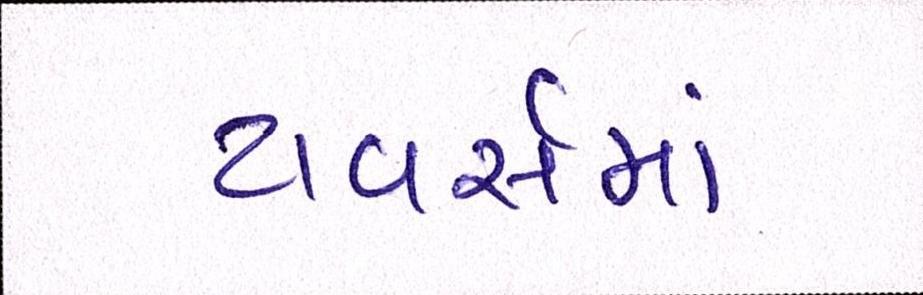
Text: ટાવર્સમાં